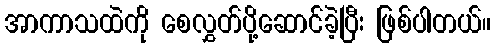
အာကာသထဲကို စေလွှတ်ပို့ဆောင်ခဲ့ပြီး ဖြစ်ပါတယ်။